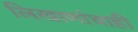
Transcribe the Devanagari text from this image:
लिखाणांचाही